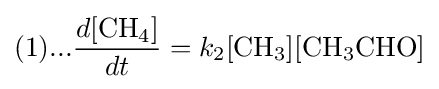
(1)...{\frac {d{\ce {[CH4]}}}{dt}}=k_{2}{\ce {[CH3]}}{\ce {[CH3CHO]}}